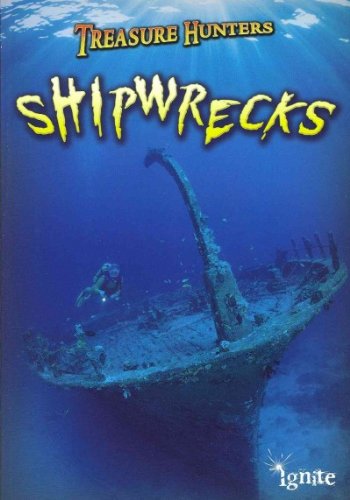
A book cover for Shipwrecks (Treasure Hunters); Nick Hunter; Children's Books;